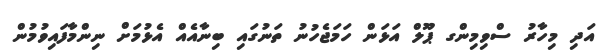
އަދި މިހާރު ސްވިމިންގ ޕޫލް އަޅަން ހަމަޖެހުނު ތަނުގައި ބިނާއެއް އެޅުމަށް ނިންމާފައިވުމުން